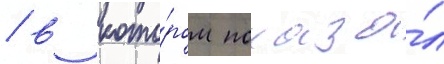
/ в кото́ром показа́л